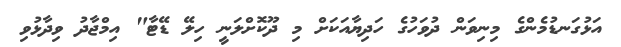
އަޅުގަނޑުމެންގެ މިނިވަން ދުވަހުގެ ހަދިޔާއަކަށް މި ދޫކޮށްލަނީ ހިލޭ ޑޭޓާ" އިމްޖާދު ވިދާޅުވި